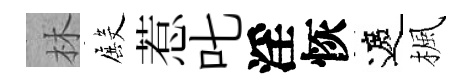
林殿惹叱淫恢遮楓